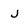
Character: j